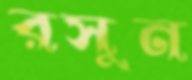
রসুন